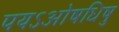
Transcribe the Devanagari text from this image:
पयऽओषधिषु